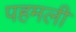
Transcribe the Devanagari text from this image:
पहमली